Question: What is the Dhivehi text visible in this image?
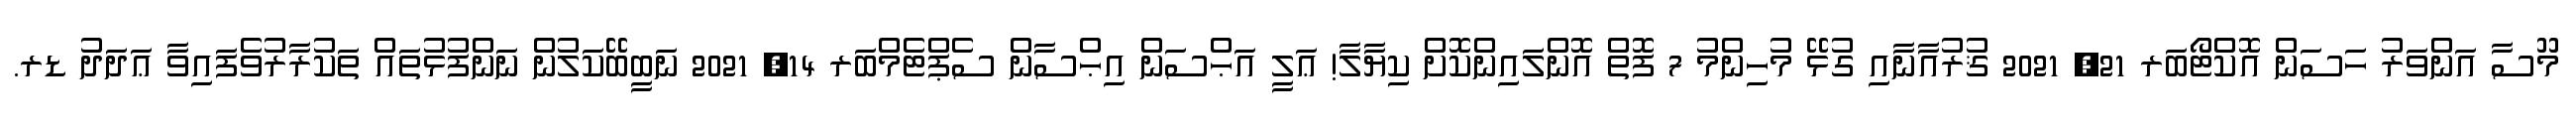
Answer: މޫސާ އަންވަރު ހަސަން އޮކްޓޯބަރ 21, 2021 ޤުރުއާނާއި ގުޅޭ މުހިންމު 7 ފޮތް އޮންލައިންކޮށް ކިޔާލާ! ޢަލީ އަޙްސަން އިޙްސާން ސެޕްޓެމްބަރ 14, 2021 ނަބީބޭކަލުން ނަންފުޅުތައް ތަކުރާރުވެފައިވާ ޢަދަދު ޑރ.